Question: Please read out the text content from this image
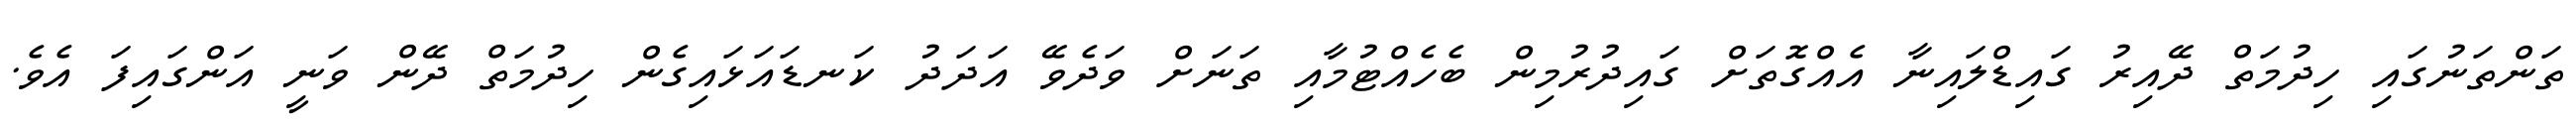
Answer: ތަންތަނުގައި ހިދުމަތް ދޭއިރު ގައިޑްލައިނާ އެއްގޮތަށް ގައިދުރުމިން ބެހެއްޓުމާއި ތަނަށް ވަދެވޭ އަދަދު ކަނޑައަޅައިގެން ހިދުމަތް ދޭން ވަނީ އަންގައިފަ އެވެ.